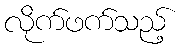
လိုက်ဖက်သည့်